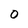
Character: O